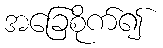
အခြေစိုက်၍